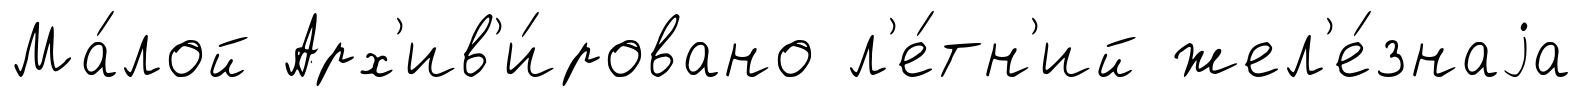
Ма́лой Арх'ив'и́ровано л'е́тн'ий жел'е́знаjа